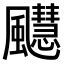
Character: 𫗆